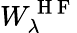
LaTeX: W_{\lambda}^{\mathrm{~H~F~}}